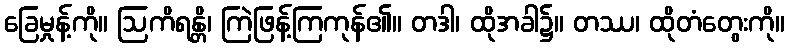
ခြေမှုန့်ကို။ ဩကိရန္တိ၊ ကြဲဖြန့်ကြကုန်၏။ တဒါ၊ ထိုအခါ၌။ တဿ၊ ထိုတံတွေးကို။